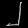
Digit: ၂